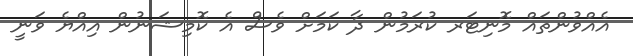
އެއްވުންތައް މޮނިޓަރ ކުރަމުން ދާ ކަމަށް ވެސް އެ ކޮމިޝަނުން އިއްޔެ ވަނީ